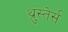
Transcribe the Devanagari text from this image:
थ्रुस्तेर्स